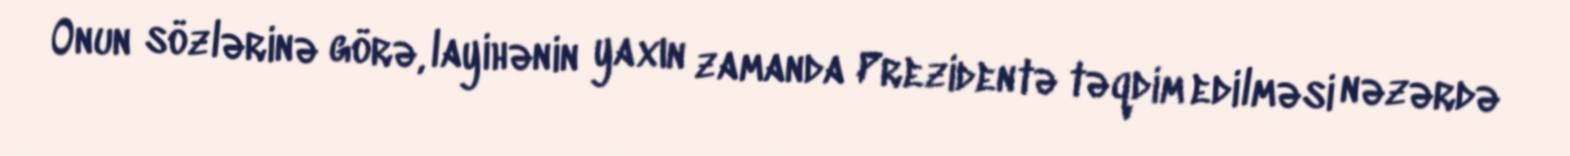
Onun sözlərinə görə, layihənin yaxın zamanda Prezidentə təqdim edilməsi nəzərdə